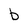
Character: b